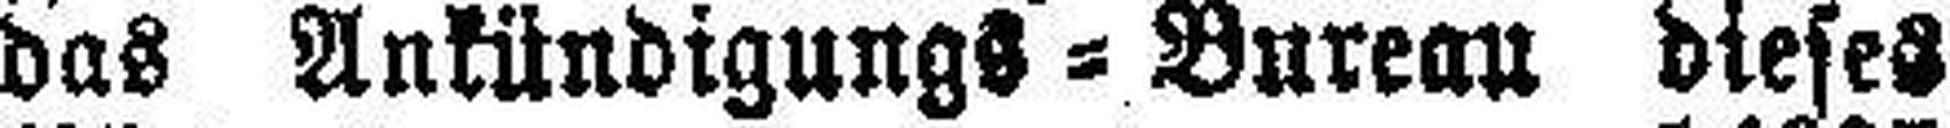
das Ankündigungs=Bureau dieses